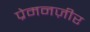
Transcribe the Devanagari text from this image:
प्रेमनज़ीर